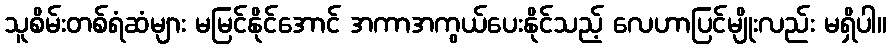
သူစိမ်းတစ်ရံဆံများ မမြင်နိုင်အောင် အကာအကွယ်ပေးနိုင်သည့် လေဟာပြင်မျိုးလည်း မရှိပါ။